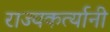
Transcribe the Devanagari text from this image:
राज्यकर्त्यानी